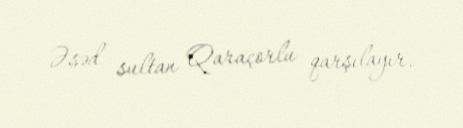
Əsəd sultan Qaraçorlu qarşılayır.